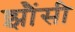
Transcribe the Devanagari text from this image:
झौंसी